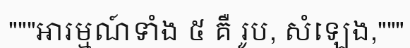
"""អារម្មណ៍ទាំង ៥ គឺ រូប, សំឡេង,"""